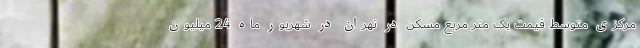
مرکزی متوسط قیمت یک متر مربع مسکن در تهران در شهریور ماه 24 میلیون